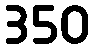
350